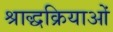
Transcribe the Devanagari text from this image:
श्राद्धक्रियाओं